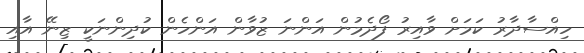
ހިއްސާދާރު ކަމަށް ވާއިރު ފޯދެމުން އަންނަ ޒުވާން އަންހެން ކުދިންނަކީ ޒިނޭ އާއި